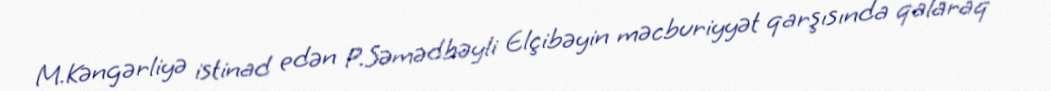
M.Kəngərliyə istinad edən P.Səmədbəyli Elçibəyin məcburiyyət qarşısında qalaraq